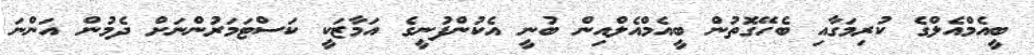
ބީއެމްއެލްގެ ކުރިމަގާއި ބެހޭގޮތުން ބީއެމްއެލްއިން ބުނީ އެކުންފުނީގެ އަމާޒަކީ ކަސްޓަމަރުންނަށް ދެމުން އަންނަ